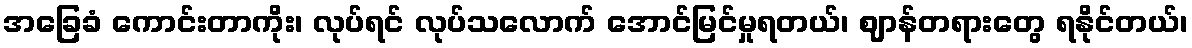
အခြေခံ ကောင်းတာကိုး၊ လုပ်ရင် လုပ်သလောက် အောင်မြင်မှုရတယ်၊ ဈာန်တရားတွေ ရနိုင်တယ်၊